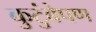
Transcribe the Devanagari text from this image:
कुटुंबेपण